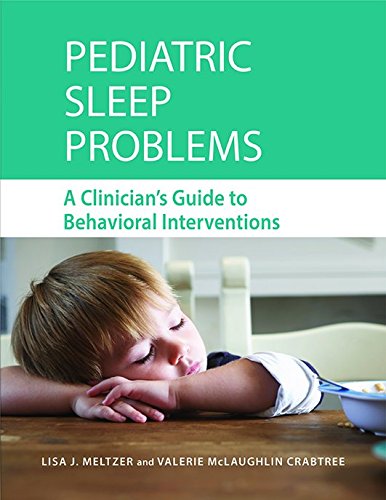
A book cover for Pediatric Sleep Problems: A Clinician's Guide to Behavioral Interventions; Lisa J. Meltzer; Health, Fitness & Dieting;